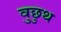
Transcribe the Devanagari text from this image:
वुछुथ